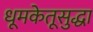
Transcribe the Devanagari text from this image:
धूमकेतूसुद्धा